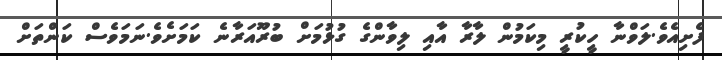
ފެށިއެވެ.ލަވްނާ ހީކުރީ މިކަމުން ލާރާ އާއި ލިވާންގެ ގުޅުމަށް ބުރޫއަރާނެ ކަމަށެވެ.ނަމަވެސް ކަންތަށް